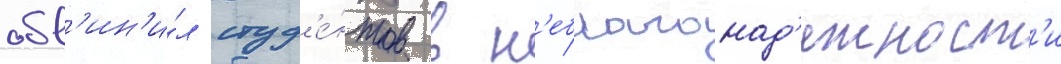
обв'ин'и́л студ'е́нтов в н'еблагонад'ежност'и